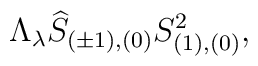
\Lambda _\lambda\widehat{S}_{(\pm 1), (0)}S_{(1), (0)}^2 ,